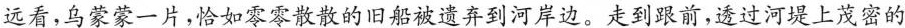
远看,乌蒙蒙一片,恰如零零散散的旧船被遗弃到河岸边。走到跟前,透过河堤上茂密的